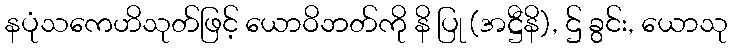
နပုံသကေဟိသုတ်ဖြင့် ယောဝိဘတ်ကို နိ ပြု (အဋ္ဌီနိ), ဌ် ခွင်း, ယောသု